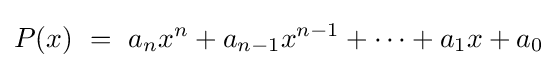
P(x)\ =\ a_{n}x^{n}+a_{n-1}x^{n-1}+\cdots +a_{1}x+a_{0}